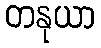
တနုယာ